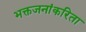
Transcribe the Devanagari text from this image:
भक्तजनांकरिता